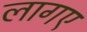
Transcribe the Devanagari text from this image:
लागए